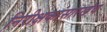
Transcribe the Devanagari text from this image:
निरीक्षकांसारखेच